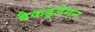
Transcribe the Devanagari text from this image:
बैकडूडेगन